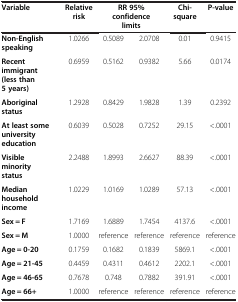
<table><thead><tr><td><b>Variable</b></td><td><b>Relative risk</b></td><td colspan="2"><b>RR 95% confidence limits</b></td><td><b>Chi-square</b></td><td><b>P-value</b></td></tr></thead><tbody><tr><td><b>Non-English speaking</b></td><td>1.0266</td><td>0.5089</td><td>2.0708</td><td>0.01</td><td>0.9415</td></tr><tr><td><b>Recent immigrant (less than 5 years)</b></td><td>0.6959</td><td>0.5162</td><td>0.9382</td><td>5.66</td><td>0.0174</td></tr><tr><td><b>Aboriginal status</b></td><td>1.2928</td><td>0.8429</td><td>1.9828</td><td>1.39</td><td>0.2392</td></tr><tr><td><b>At least some university education</b></td><td>0.6039</td><td>0.5028</td><td>0.7252</td><td>29.15</td><td>&lt;.0001</td></tr><tr><td><b>Visible minority status</b></td><td>2.2488</td><td>1.8993</td><td>2.6627</td><td>88.39</td><td>&lt;.0001</td></tr><tr><td><b>Median household income</b></td><td>1.0229</td><td>1.0169</td><td>1.0289</td><td>57.13</td><td>&lt;.0001</td></tr><tr><td><b>Sex = F</b></td><td>1.7169</td><td>1.6889</td><td>1.7454</td><td>4137.6</td><td>&lt;.0001</td></tr><tr><td><b>Sex = M</b></td><td>1.0000</td><td>reference</td><td>reference</td><td>reference</td><td>reference</td></tr><tr><td><b>Age = 0-20</b></td><td>0.1759</td><td>0.1682</td><td>0.1839</td><td>5869.1</td><td>&lt;.0001</td></tr><tr><td><b>Age = 21-45</b></td><td>0.4459</td><td>0.4311</td><td>0.4612</td><td>2202.1</td><td>&lt;.0001</td></tr><tr><td><b>Age = 46-65</b></td><td>0.7678</td><td>0.748</td><td>0.7882</td><td>391.91</td><td>&lt;.0001</td></tr><tr><td><b>Age = 66+</b></td><td>1.0000</td><td>reference</td><td>reference</td><td>reference</td><td>reference</td></tr></tbody></table>